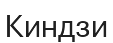
Киндзи